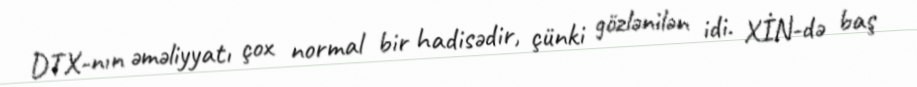
DTX-nın əməliyyatı çox normal bir hadisədir, çünki gözlənilən idi. XİN-də baş